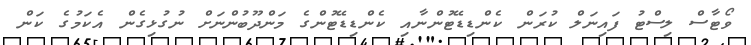
ވޯޓާސް ލިސްޓު ފައިނަލް ކުރަން ކެންޑިޑޭޓުންނާއި ކެންޑިޑޭޓުންގެ މަންދޫބުންނަށް ނުގުޅިގެން އެކަމުގެ ކަން